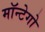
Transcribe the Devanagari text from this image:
मॉन्टेगो